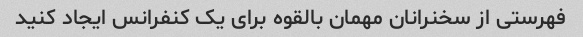
فهرستی از سخنرانان مهمان بالقوه برای یک کنفرانس ایجاد کنید